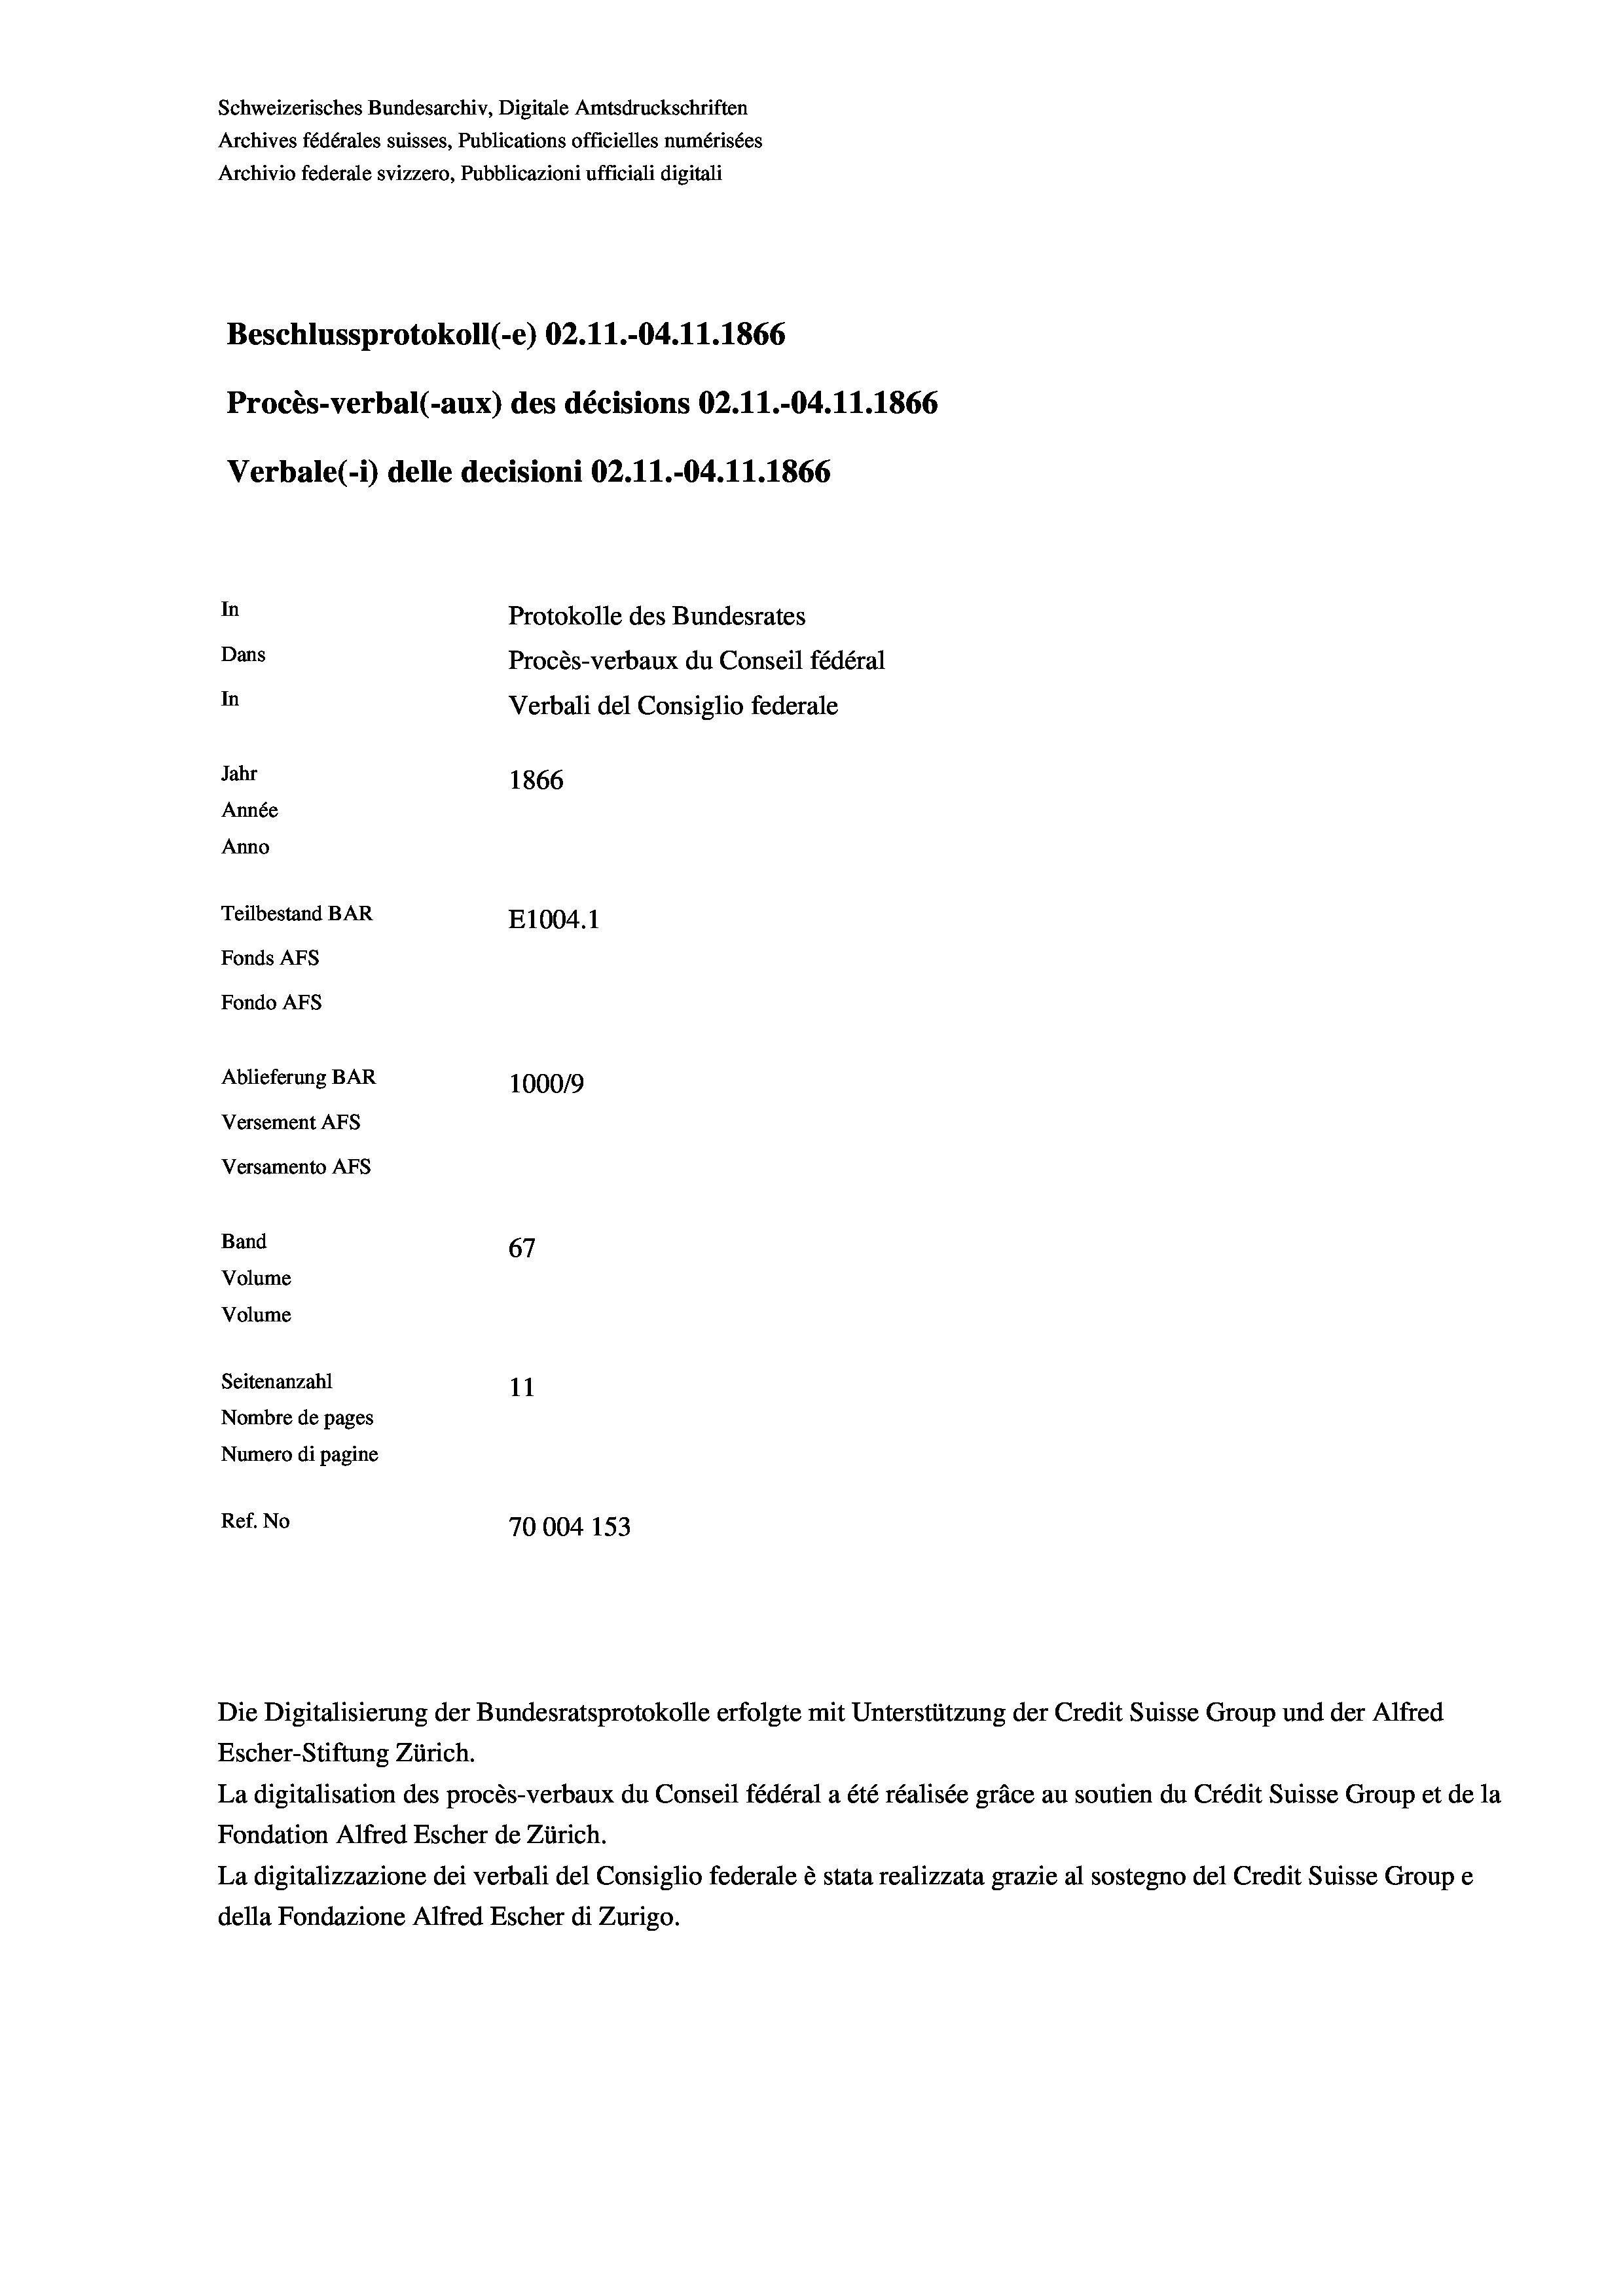
Beschlussprotokoll (-e) 02.11.-04.11.1866
Procès-verbal (-aux) des décisions 02.11.-04.11.1866
In
Protokolle des Bundesrates
Dans
Procès-verbaux du Conseil fédéral
In
Verbali del Consiglio federale
Jahr
1866
Année
Anno
Teilbestand BAR
E1004. 1
Fonds AFs
Fondo Afs
Ablieferung BAR
100019
Versement AFs
Versamento AFS

Band
Volume
Volume
Seitenanzahl

67
11
Nombre de pages
Numero di pagine
Ref. No
70004 153

Schweizerisches Bundesarchiv, Digitale Amtsdruckschriften
Archives fédérales suisses, Publications officielles numérisées
Archivio federale svizzero, Pubblicazioni ufficiali digitali

Verbale (i) delle decisioni 02.11.-04.11.1866

Escher-Stiftung Zürich.
La digitalisation des procès-verbaux du Conseil fédéral a été réalisée gräce au soutien du Crédit Suisse Group et de la
Fondation Alfred Escher de Zürich.
La digitalizzazione dei verbali del Consiglio federale è stata realizzata grazie al sostegno del Credit Suisse Groupe
della Fondazione Alfred Escher di Zurigo.

Die Digitalisierung der Bundesratsprotokolle erfolgte mit Unterstützung der Credit Suisse Group und der Alfred